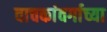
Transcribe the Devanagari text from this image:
वाचकांवर्गाच्या